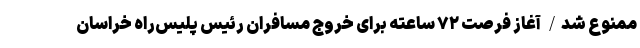
ممنوع شد/ آغاز فرصت ۷۲ ساعته برای خروج مسافران رئیس پلیس‌راه خراسان